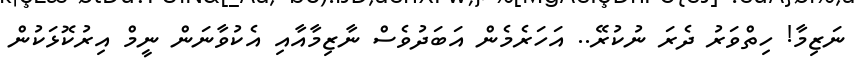
ނަޒިމާ! ހިތްވަރު ދެރަ ނުކުރޭ.. އަހަރެމެން އަބަދުވެސް ނާޒިމާއާއި އެކުވާނަންް ނީމް އިރުކޮޅަކުން